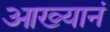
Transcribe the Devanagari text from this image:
आख्यानं